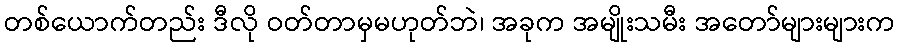
တစ်ယောက်တည်း ဒီလို ဝတ်တာမှမဟုတ်ဘဲ၊ အခုက အမျိုးသမီး အတော်များများက